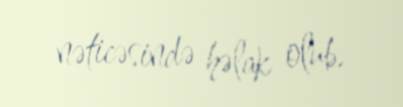
nəticəsində həlak olub.